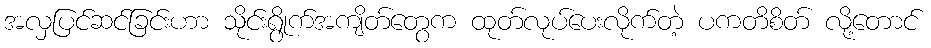
အလှပြင်ဆင်ခြင်းဟာ သိုင်းရွိုက်အကျိတ်တွေက ထုတ်လုပ်ပေးလိုက်တဲ့ ပကတိစိတ် လို့တောင်